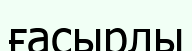
ғасырлы